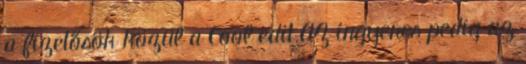
a fizetősök közül a Cool edit.AZ ingyenes pedig az